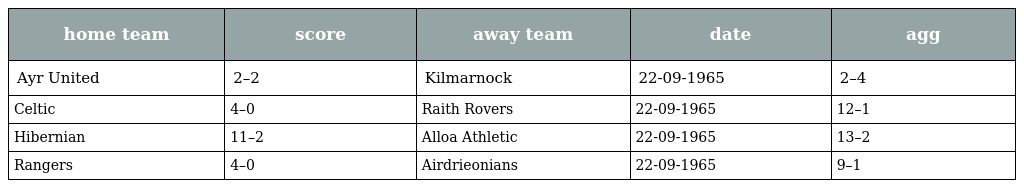
| home team | score | away team | date | agg |
 | --- | --- | --- | --- | --- |
 | Ayr United | 2–2 | Kilmarnock | 22-09-1965 | 2–4 |
 | Celtic | 4–0 | Raith Rovers | 22-09-1965 | 12–1 |
 | Hibernian | 11–2 | Alloa Athletic | 22-09-1965 | 13–2 |
 | Rangers | 4–0 | Airdrieonians | 22-09-1965 | 9–1 |